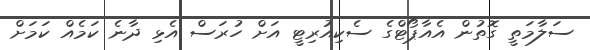
ސަލާމަތީ ގޮތުން އެއާޕޯޓްގެ ސެކިއުރިޓީ އަށް ހުރަސް އެޅި ދާނެ ކަމެއް ކަމަށް